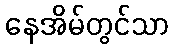
နေအိမ်တွင်သာ